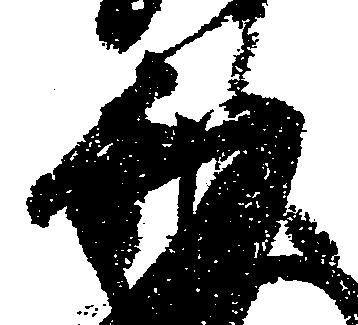
秋